Piroplasma canis and its life cycle in the tick - Number 29
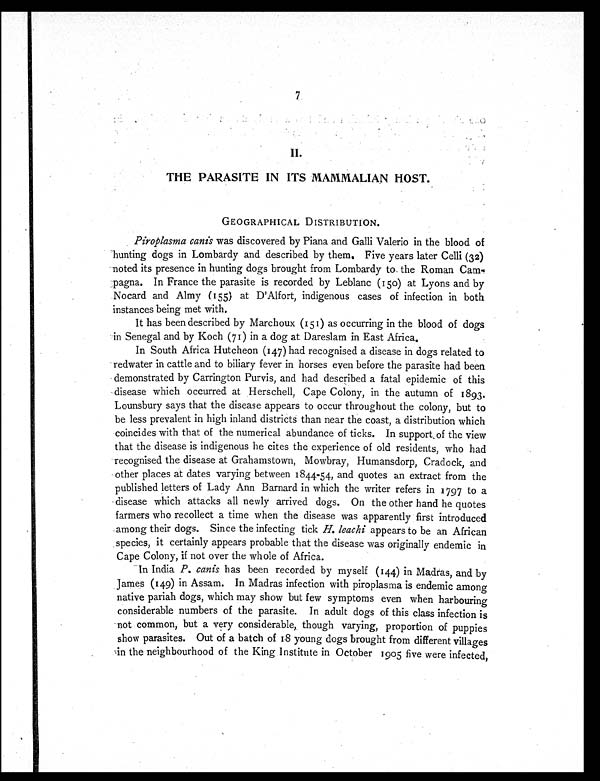
7
II.
THE PARASITE IN ITS MAMMALIAN HOST.
GEOGRAPHICAL DISTRIBUTION.
Piroplasma canis was discovered by Piana and Galli Valerio in the blood of
hunting dogs in Lombardy and described by them. Five years later Celli (32)
noted its presence in hunting dogs brought from Lombardy to the Roman Cam
-pagna. In France the parasite is recorded by Leblanc (150) at Lyons and by
Nocard and Almy (155) at D'Alfort, indigenous cases of infection in both
instances being met with.
It has been described by Marchoux (151) as occurring in the blood of dogs
in Senegal and by Koch (71) in a dog at Dareslam in East Africa.
In South Africa Hutcheon (147) had recognised a disease in dogs related to
redwater in cattle and to biliary fever in horses even before the parasite had been
demonstrated by Carrington Purvis, and had described a fatal epidemic of this
disease which occurred at Herschell, Cape Colony, in the autumn of 1893.
Lounsbury says that the disease appears to occur throughout the colony, but to
be less prevalent in high inland districts than near the coast, a distribution which
coincides with that of the numerical abundance of ticks. In support of the view
that the disease is indigenous he cites the experience of old residents, who had
recognised the disease at Grahamstown, Mowbray, Humansdorp, Cradock, and
other places at dates varying between 1844-54, and quotes an extract from the
published letters of Lady Ann Barnard in which the writer refers in 1797 to a
disease which attacks all newly arrived dogs. On the other hand he quotes
farmers who recollect a time when the disease was apparently first introduced
among their dogs. Since the infecting tick H. leachi appears to be an African
species, it certainly appears probable that the disease was originally endemic in
Cape Colony, if not over the whole of Africa.
In India P. canis has been recorded by myself (144) in Madras, and by
James (149) in Assam. In Madras infection with piroplasma is endemic among
native pariah dogs, which may show but few symptoms even when harbouring
considerable numbers of the parasite. In adult dogs of this class infection is
not common, but a very considerable, though varying, proportion of puppies
show parasites. Out of a batch of 18 young dogs brought from different villages
in the neighbourhood of the King Institute in October 1905 five were infected,